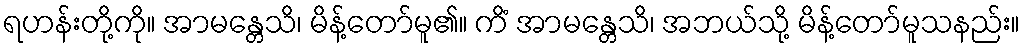
ရဟန်းတို့ကို။ အာမန္တေသိ၊ မိန့်တော်မူ၏။ ကိံ အာမန္တေသိ၊ အဘယ်သို့ မိန့်တော်မူသနည်း။